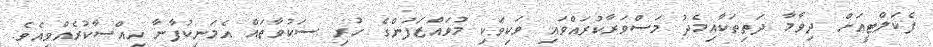
ފެކަލްޓީއަށް ދިވާމާ ދަތިތަކާއިމެދު މަސްވަރާކުރައްވައި ވަކިވަކި މުވައްޒަފުންގެ ހުރި ސަކުވާތައް އެމަނިކުފާނާ ހިއްސާކުރެއްވިއެވެ.